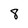
Character: 8